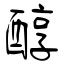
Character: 醇